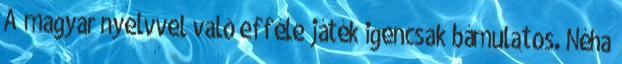
A magyar nyelvvel való efféle játék igencsak bámulatos. Néha